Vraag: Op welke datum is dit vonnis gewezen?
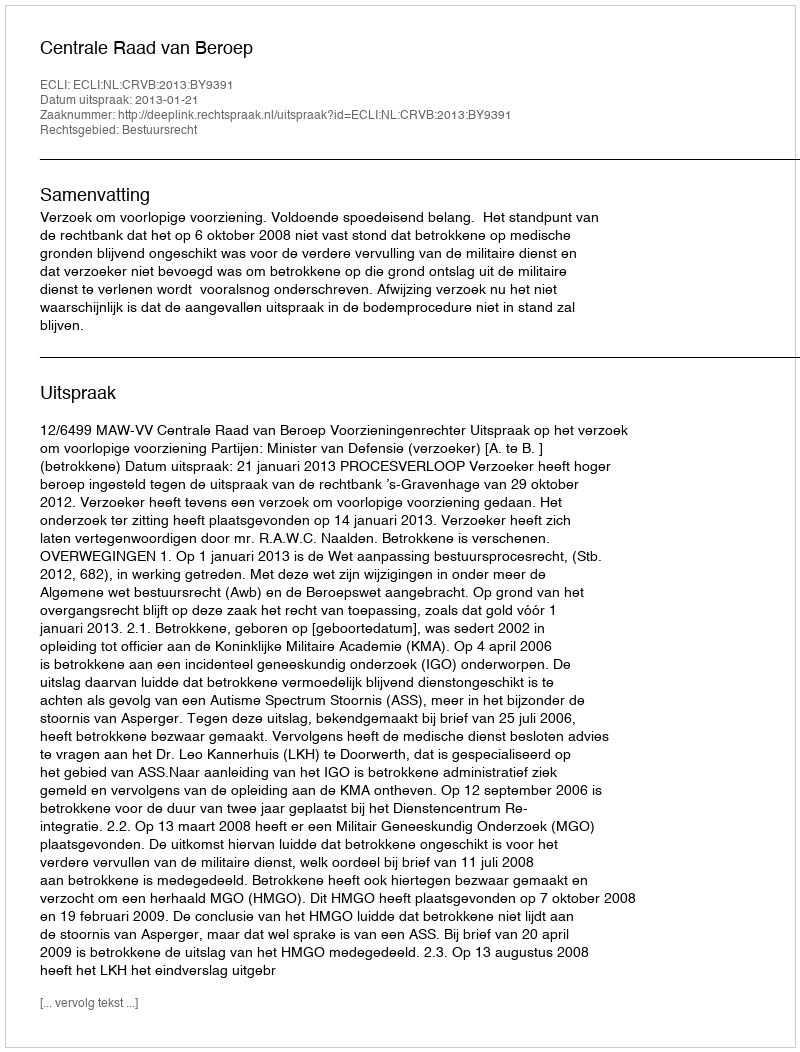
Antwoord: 2013-01-21